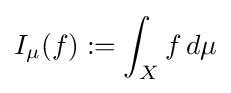
I_{\mu }(f):=\int _{X}f\,d\mu